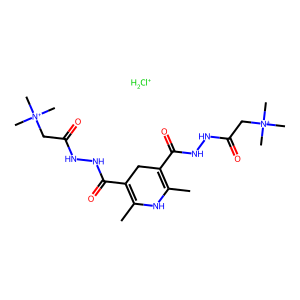
SMILES: CC1=C(C(=O)NNC(=O)C[N+](C)(C)C)CC(C(=O)NNC(=O)C[N+](C)(C)C)=C(C)N1.[ClH2+]
Inhibits HIV replication: No